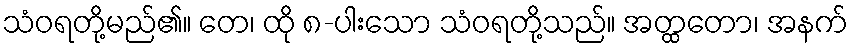
သံဝရတို့မည်၏။ တေ၊ ထို ၈-ပါးသော သံဝရတို့သည်။ အတ္ထတော၊ အနက်